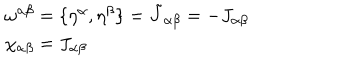
\begin{array} { l } { { \omega ^ { \alpha \beta } = \{ \eta ^ { \alpha } , \eta ^ { \beta } \} = \tilde { J } _ { \alpha \beta } = - J _ { \alpha \beta } } } \\ { { \chi _ { \alpha \beta } = J _ { \alpha \beta } } } \\ \end{array}